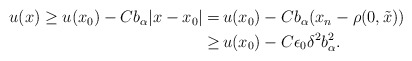
\begin{align*}\begin{aligned}u (x) \geq u (x_0) - C b_\alpha |x - x_0| = \,& u (x_0) - C b_\alpha (x_n - \rho (0, \tilde{x}))\\ \geq \,& u (x_0) - C \epsilon_0 \delta^2 b_\alpha^2.\end{aligned}\end{align*}